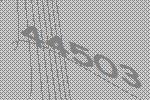
44503